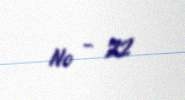
№ - 22